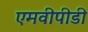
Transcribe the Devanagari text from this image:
एमवीपीडी